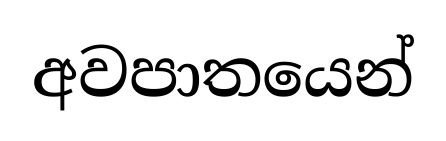
අවපාතයෙන්